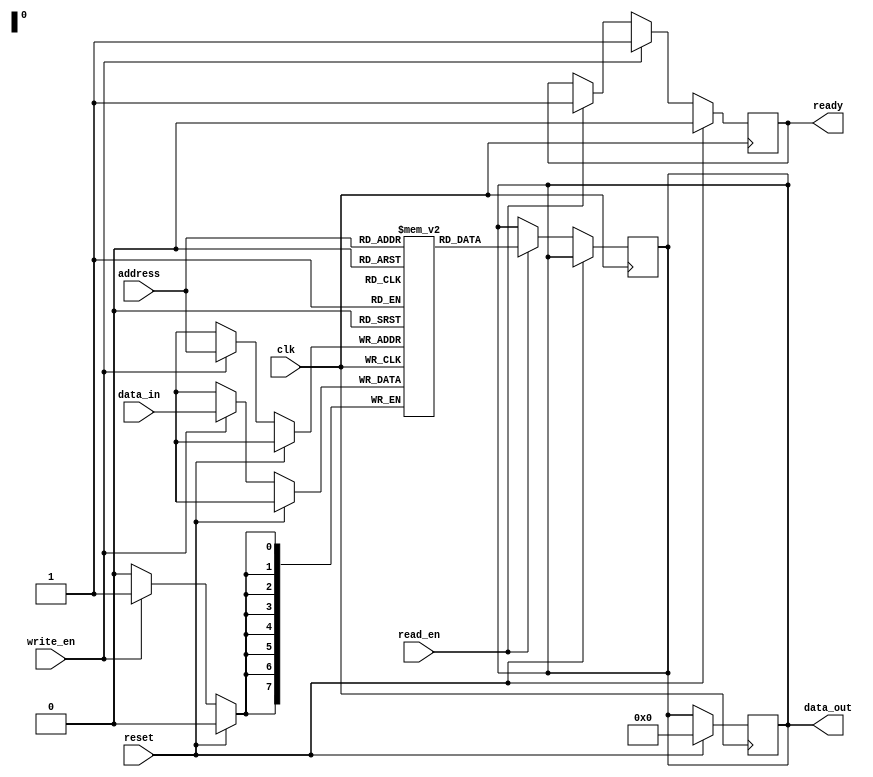
module QDR_SRAM (
    input wire clk,
    input wire reset,
    input wire read_en,
    input wire write_en,
    input wire [7:0] data_in,
    output reg [7:0] data_out,
    input wire [7:0] address,
    output reg ready
);

reg [7:0] memory [0:255]; // 256 memory blocks
reg [7:0] read_data;

always @(posedge clk) begin
    if(reset) begin
        ready <= 0;
        data_out <= 8'b0;
    end else begin
        if(read_en) begin
            read_data <= memory[address];
            ready <= 1;
        end
        if(write_en) begin
            memory[address] <= data_in;
            ready <= 1;
        end
    end
end

assign data_out = read_data;

endmodule